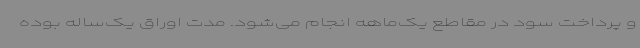
و پرداخت سود در مقاطع یک‌ماهه انجام می‌شود. مدت اوراق یک‌ساله بوده